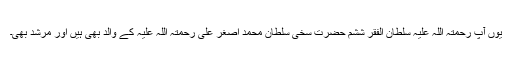
یوں آپ رحمتہ اللہ علیہ سلطان الفقر ششم حضرت سخی سلطان محمد اصغر علی رحمتہ اللہ علیہ کے والد بھی ہیں اور مرشد بھی۔